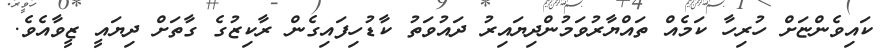
ކައިވެންޏަށް ހުރިހާ ކަމެއް ތައްޔާރުވަމުންދިޔައިރު ދައުވަތު ކާޑުހިފައިގެން ރާކިޒުގެ ގާތަށް ދިޔައީ ޒީވާއެވެ.